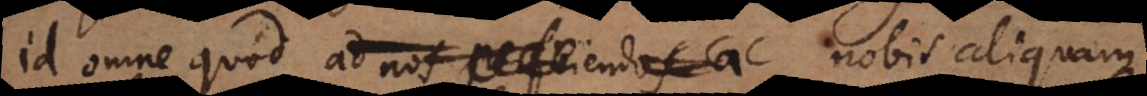
id omne quod ad nos perficiendos a nobis aliquam